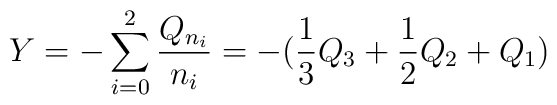
Y=-\sum_{i=0}^{2}\frac{Q_{n_i}}{n_i}=-(\frac{1}{3}Q_{3}+\frac{1}{2}Q_{2}+Q_{1})